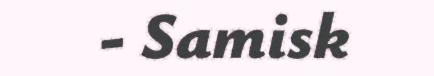
- Samisk